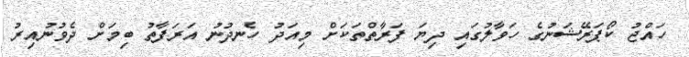
ހައްޖު ކޯޕަރޭޝަނުގެ ހަވާލުގައި ދިޔަ ފަރާތްތަކަށް މިއަދު ހެނދުނު އަރަފާތު ބިމަށް ދެވުނުއިރު